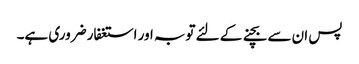
پس ان سے بچنے کے لئے توبہ اور استغفار ضروری ہے۔